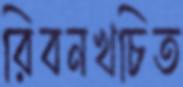
রিবনখচিত